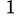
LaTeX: ^{\, 1}